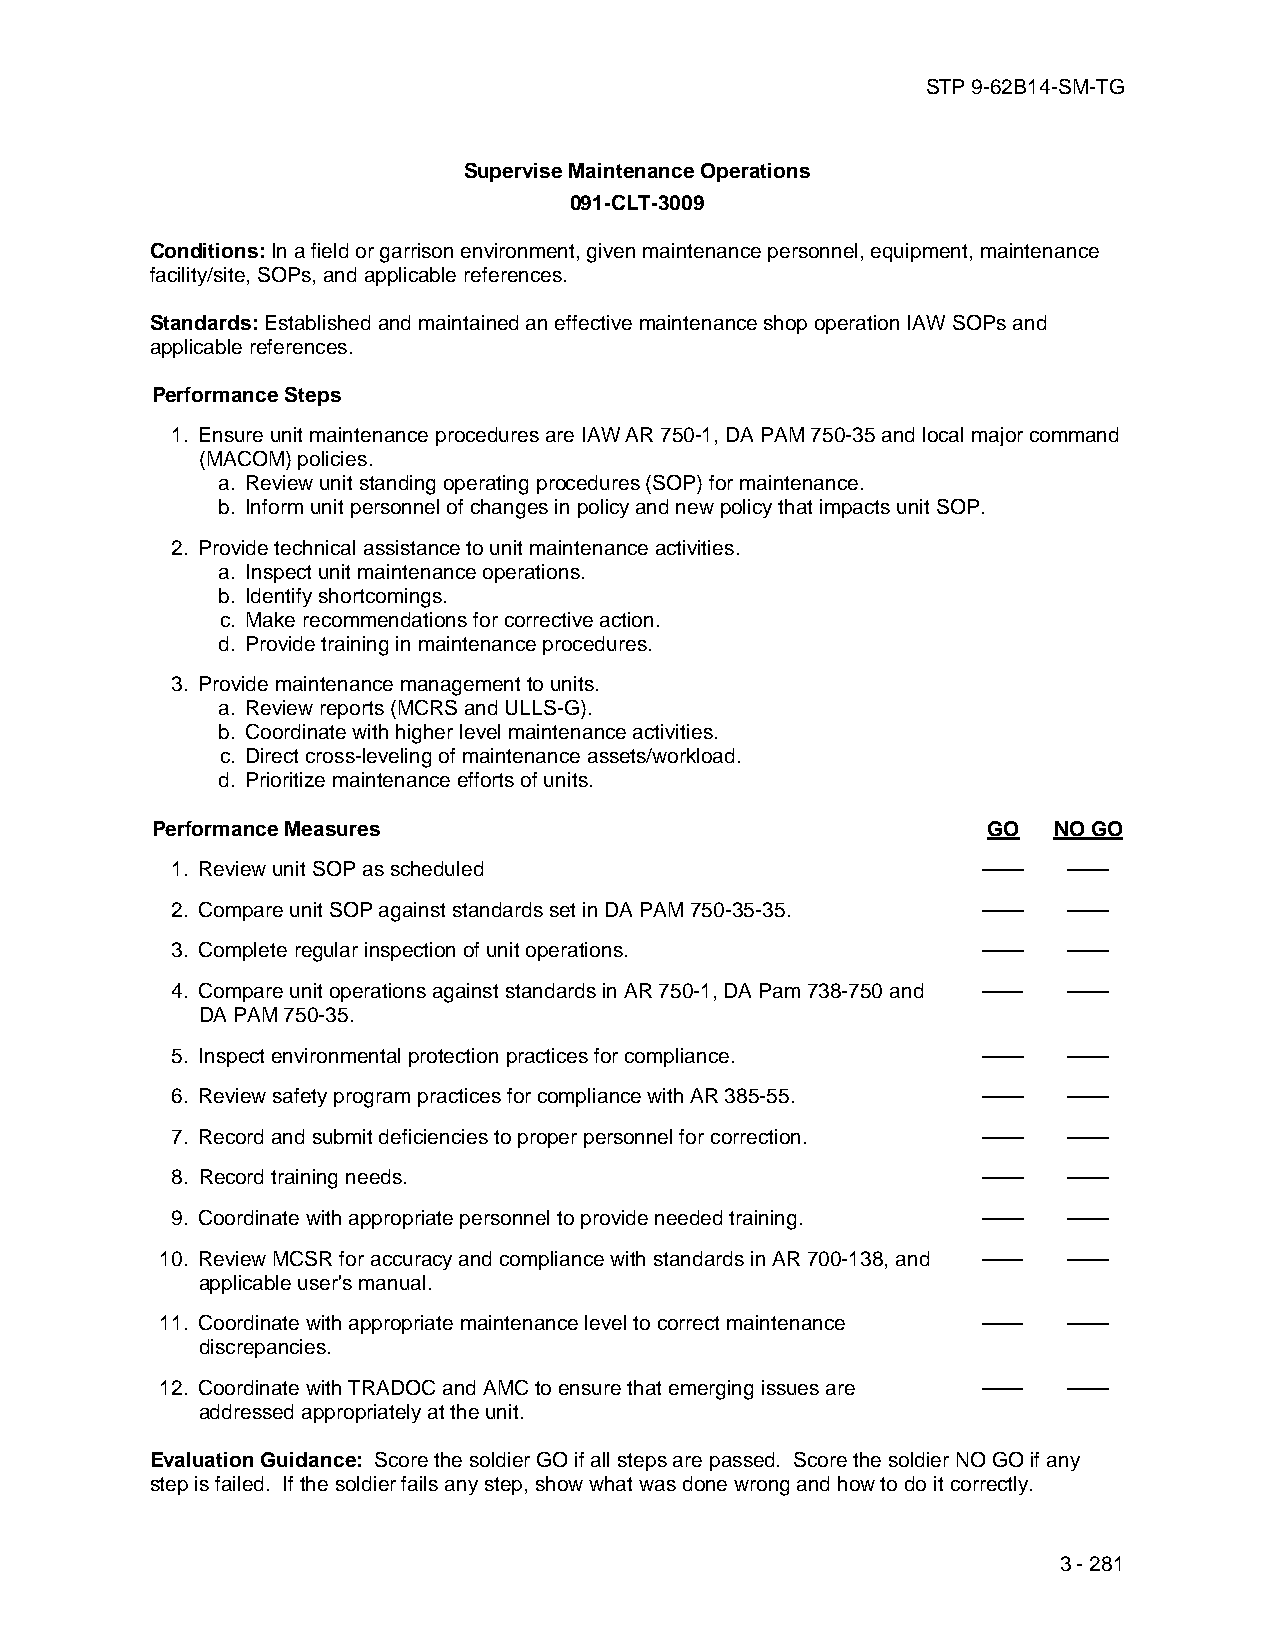
STP 9-62B14-SM-TG
 Supervise Maintenance Operations
 091-CLT-3009
 Conditions: In a field or garrison environment, given maintenance personnel, equipment, maintenance
 facility/site, SOPs, and applicable references.
 Standards: Established and maintained an effective maintenance shop operation IAW SOPs and
 applicable references.
 Performance Steps
 1. Ensure unit maintenance procedures are IAW AR 750-1, DA PAM 750-35 and local major command
 (MACOM) policies.
 a. Review unit standing operating procedures (SOP) for maintenance.
 b. Inform unit personnel of changes in policy and new policy that impacts unit SOP.
 2. Provide technical assistance to unit maintenance activities.
 a. Inspect unit maintenance operations.
 b. Identify shortcomings.
 c. Make recommendations for corrective action.
 d. Provide training in maintenance procedures.
 3. Provide maintenance management to units.
 a. Review reports (MCRS and ULLS-G).
 b. Coordinate with higher level maintenance activities.
 c. Direct cross-leveling of maintenance assets/workload.
 d. Prioritize maintenance efforts of units.
 Performance Measures                                   GO   NO GO
 1. Review unit SOP as scheduled                       ——    ——
 2. Compare unit SOP against standards set in DA PAM 750-35-35. —— ——
 3. Complete regular inspection of unit operations.    ——    ——
 4. Compare unit operations against standards in AR 750-1, DA Pam 738-750 and —— ——
 DA PAM 750-35.
 5. Inspect environmental protection practices for compliance. —— ——
 6. Review safety program practices for compliance with AR 385-55. —— ——
 7. Record and submit deficiencies to proper personnel for correction. —— ——
 8. Record training needs.                             ——    ——
 9. Coordinate with appropriate personnel to provide needed training. —— ——
 10. Review MCSR for accuracy and compliance with standards in AR 700-138, and —— ——
 applicable user's manual.
 11. Coordinate with appropriate maintenance level to correct maintenance —— ——
 discrepancies.
 12. Coordinate with TRADOC and AMC to ensure that emerging issues are —— ——
 addressed appropriately at the unit.
 Evaluation Guidance: Score the soldier GO if all steps are passed. Score the soldier NO GO if any
 step is failed. If the soldier fails any step, show what was done wrong and how to do it correctly.
 3 - 281